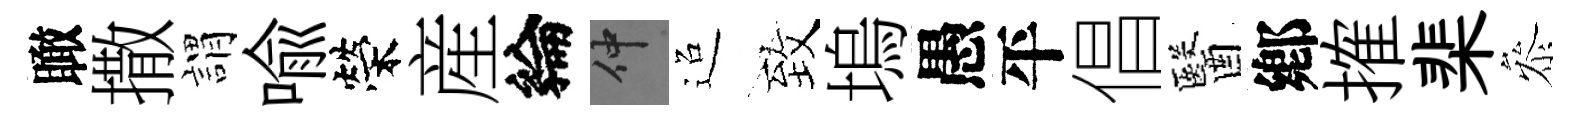
瞰撒謂喩榮産綸仲迢致塢愚平倡醫鄕搉棐叅